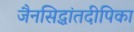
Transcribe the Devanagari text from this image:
जैनसिद्धांतदीपिका